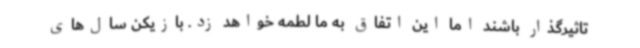
تاثیرگذار باشند اما این اتفاق به ما لطمه خواهد زد. بازیکن سال‌های